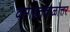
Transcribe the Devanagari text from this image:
वसाहतकाळोत्तर